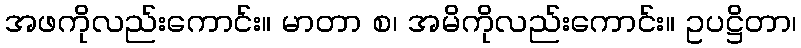
အဖကိုလည်းကောင်း။ မာတာ စ၊ အမိကိုလည်းကောင်း။ ဥပဋ္ဌိတာ၊